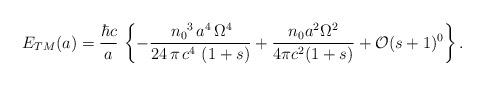
LaTeX: \begin{align*}E_{TM}(a) = \frac{\hbar c}{a} \, \left\{-\frac{\,{n_{0}}^3\,a^4\,{\Omega }^4 } {24\,\pi\,c^4\,\left( 1 + s \right)} +\frac{n_0 a^2\Omega^2}{4\pi c^2(1+s)} + \mathcal{O} (s+1)^0\right\}.\end{align*}